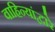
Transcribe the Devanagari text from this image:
वाहिन्यांद्वारे